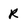
Character: R